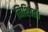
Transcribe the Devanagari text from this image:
निश्‍चित।